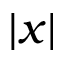
| x |